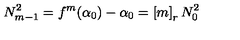
N _ { m - 1 } ^ { 2 } = f ^ { m } ( \alpha _ { 0 } ) - \alpha _ { 0 } = \left[ m \right] _ { r } N _ { 0 } ^ { 2 }